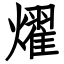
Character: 燿